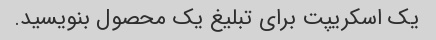
یک اسکریپت برای تبلیغ یک محصول بنویسید.